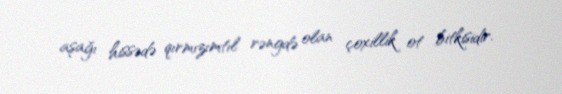
aşağı hissədə qırmızımtıl rəngdə olan çoxillik ot bitkisidir.